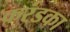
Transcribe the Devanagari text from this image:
करंडका